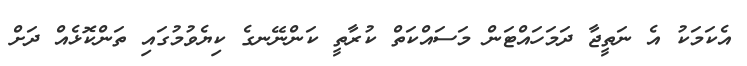
އެކަމަކު އެ ނަތީޖާ ދަމަހައްޓަން މަސައްކަތް ކުރާތީ ކަންނޭނގެ ކިޔެވުމުގައި ތަންކޮޅެއް ދަށް